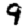
Digit: 9